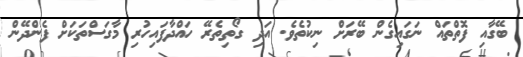
ބޭގާއި ފޮތްތައް ނަގައިގެން ބޭރަށް ނިކުތެވެ. އަދި ގޯތިތެރޭ ހައްދާފައިހުރި މާގަސްތަކަށް ފެންދޭން